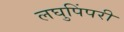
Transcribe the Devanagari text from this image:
लघुपिंपरी